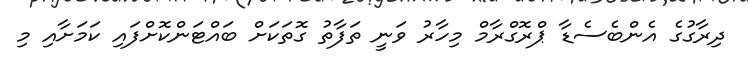
ދިރާގުގެ އެންބެސެޑާ ޕްރޮގްރާމް މިހާރު ވަނީ ތަފާތު ގޮތަކަށް ބައްޓަންކޮށްފައި ކަމަށާއި މި